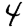
Digit: 4